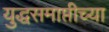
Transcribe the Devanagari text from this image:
युद्धसमाप्तीच्या